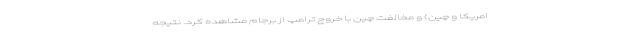
امریکا و چین) و مخالفت چین با خروج ترامپ از برجام مشاهده کرد. نتیجه